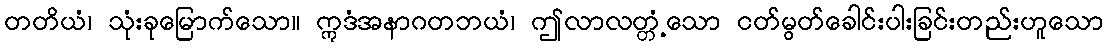
တတိယံ၊ သုံးခုမြောက်သော။ ဣဒံအနာဂတဘယံ၊ ဤလာလတ္တံ့သော ငတ်မွတ်ခေါင်းပါးခြင်းတည်းဟူသော